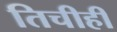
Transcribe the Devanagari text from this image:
तिचीही